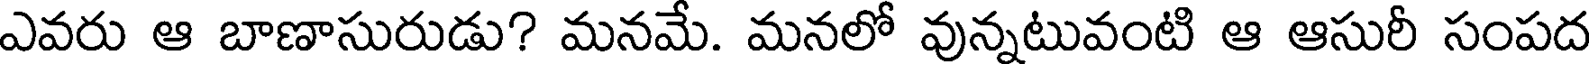
ఎవరు ఆ బాణాసురుడు? మనమే. మనలో వున్నటువంటి ఆ ఆసురీ సంపద